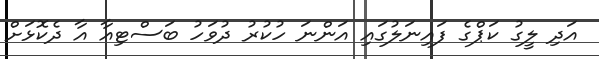
އަދި ލީގު ކަޕްގެ ފައިނަލުގައި އަންނަ ހުކުރު ދުވަހު ބަސްޓިއާ އާ ދެކޮޅަށް